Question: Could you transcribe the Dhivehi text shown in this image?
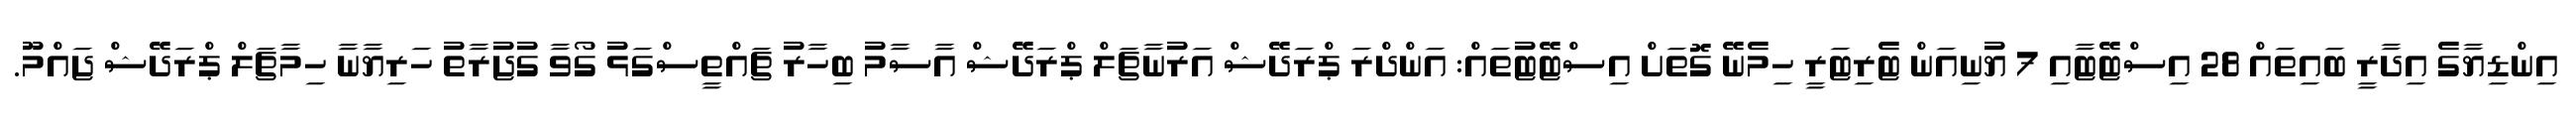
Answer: އިންޑިޔާގެ އިދާރީ ބައިތައް 28 އިސްޓޭޓާއި 7 ޔުނިއަން ޓެރިޓަރީ ހިމެނޭ ގޮތަށް އިސްޓޭޓުތައް: އަންދްރަ ޕްރަދޭޝް އަރުނާޗަލް ޕްރަދޭޝް އާސާމު ބިހާރު ޗައްތީސްގަޅު ގޯވާ ގުޖުރާތު ހަރިޔާނާ ހިމާޗަލް ޕްރަދޭޝް ޖައްމޫ.